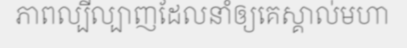
ភាពល្បីល្បាញដែលនាំឲ្យគេស្គាល់មហា